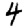
Digit: 4